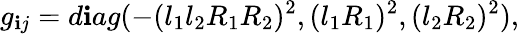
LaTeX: g_{\mathbf{i}j}=d\mathbf{i}ag(-(l_{1}l_{2}R_{1}R_{2})^{2},(l_{1}R_{1})^{2},(l_{2}R_{2})^{2}),